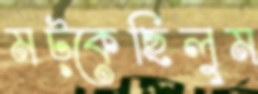
মট্‌কেছিলুম